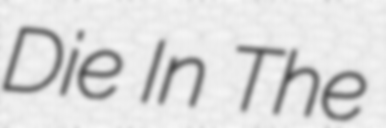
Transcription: Die In The